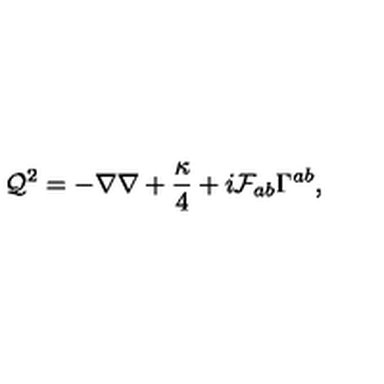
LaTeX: { \cal Q } ^ { 2 } = - \nabla \nabla + \frac { \kappa } { 4 } + i { \cal F } _ { a b } \Gamma ^ { a b } ,